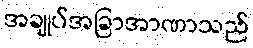
အချုပ်အခြာအာဏာသည်